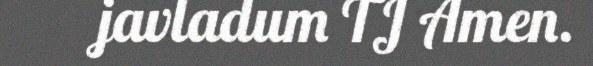
javladum TJ Amen.